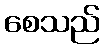
စေသည်